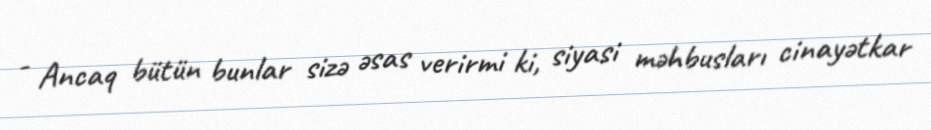
- Ancaq bütün bunlar sizə əsas verirmi ki, siyasi məhbusları cinayətkar